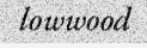
lowwood